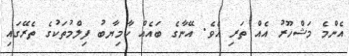
އެންމެ މަޝްހޫރު އެއް ތަރި އެވެ. އޭނާގެ ބައެއް ކާމިޔާބު ފިލްމުތަކުގެ ތެރޭގައި